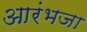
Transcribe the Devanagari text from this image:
आरंभजा